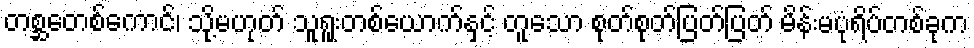
တစ္ဆတေစ်ကောင်၊ သို့မဟုတ် သူရူးတစ်ယောက်နှင့် တူသော စုတ်စုတ်ပြတ်ပြတ် မိန်းမပုံရိပ်တစ်ခုက